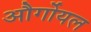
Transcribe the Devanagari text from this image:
और्गोयल